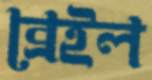
ব্রেইল